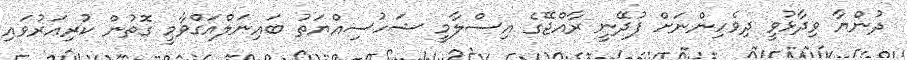
ދުންޔާ ވިދާޅުވީ ދިވެހިންނަށް ފުދޭނީ ރާއްޖޭގެ އިސްލާމީ ޝަހުސިއްޔަތު ބައިނަލްއަގްވާމީ ގޮތުން ކުރިއަރުވައި